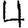
Digit: 4